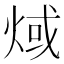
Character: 𤊨